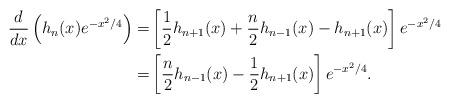
LaTeX: \begin{align*}\frac{d}{dx}\left( h_n(x) e^{-x^2/4} \right) =& \left[ \frac{1}{2}h_{n+1}(x) + \frac{n}{2}h_{n-1}(x) - h_{n+1}(x) \right] e^{-x^2/4} \\=& \left[\frac{n}{2}h_{n-1}(x)-\frac{1}{2}h_{n+1}(x) \right]e^{-x^2/4}. \end{align*}